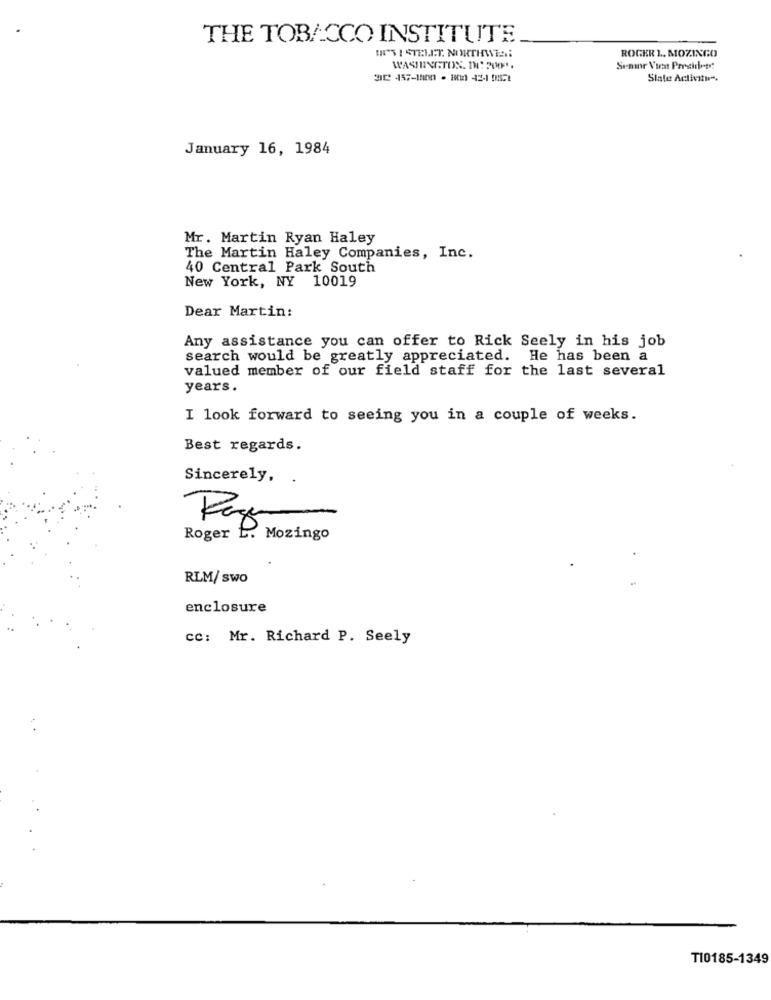
THE TOBACCO INSTITUTE
ROGER 1 ., MOZINGO
IN'S I STELLT. NORTHWES:
WASHINGTON. II: 200.
32 457-1800 · BI1 42-1 571
Slate Activity.
January 16, 1984
Mr. Martin Ryan Haley
The Martin Haley Companies, Inc.
40 Central Park South
New York, NY 10019
Dear Martin:
Any assistance you can offer to Rick Seely in his job
search would be greatly appreciated. He has been a
valued member of our field staff for the last several
years.
I look forward to seeing you in a couple of weeks.
Best regards.
Sincerely, .
Roger L. Mozingo
RLM/ swo
enclosure
CC: Mr. Richard P. Seely
T10185-1349